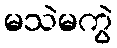
မသဲမကွဲ